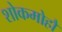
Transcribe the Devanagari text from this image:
शोकमोहौ